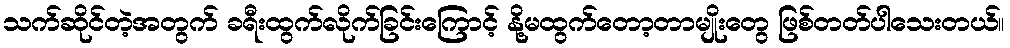
သက်ဆိုင်တဲ့အတွက် ခရီးထွက်လိုက်ခြင်းကြောင့် နို့မထွက်တော့တာမျိုးတွေ ဖြစ်တတ်ပါသေးတယ်။